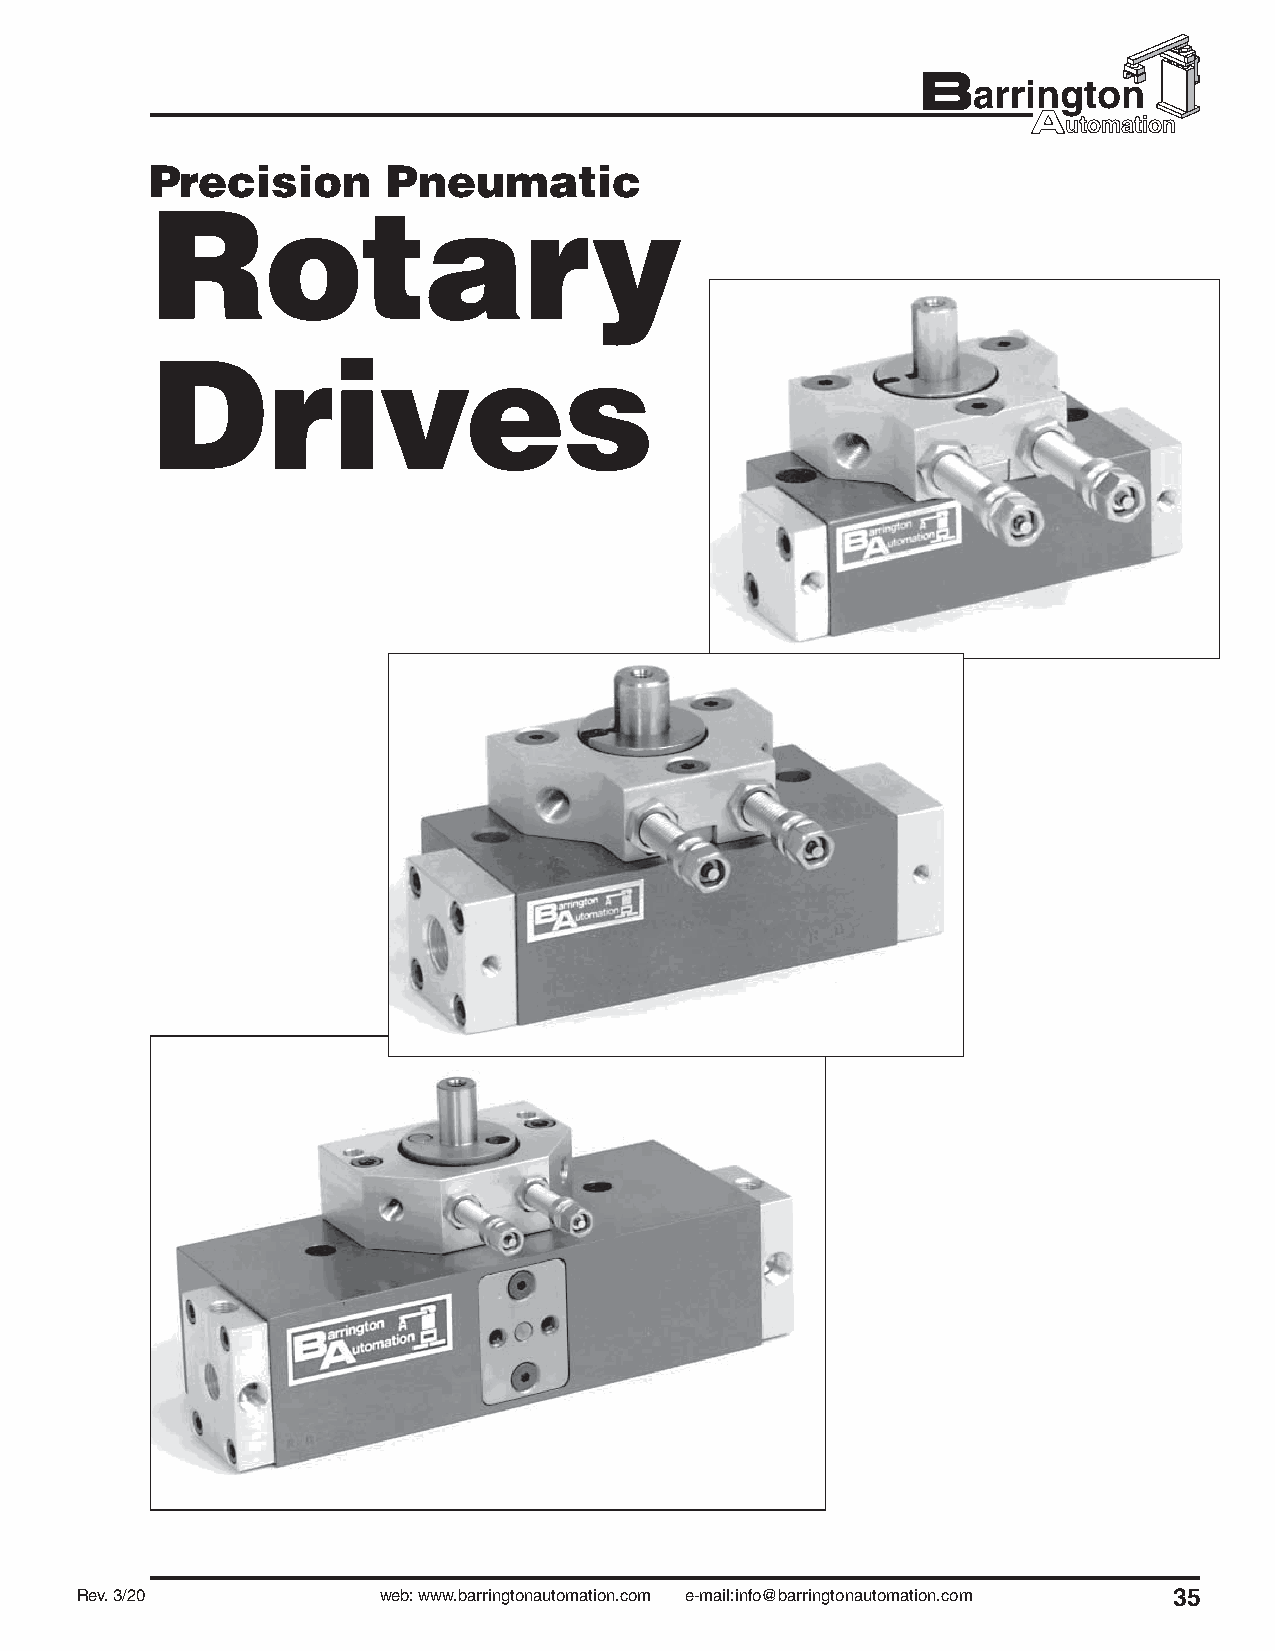
Precision       Pneumatic
 Rotary
 Drives
 Rev. 3/20           web: www.barringtonautomation.com e-mail:info@barringtonautomation.com 35